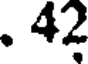
. 42